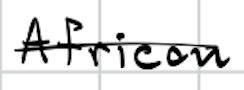
Text: African
Cross-out: mix
Writing tool: digital_black